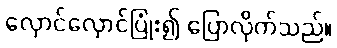
လှောင်လှောင်ပြုံး၍ ပြောလိုက်သည်။